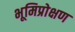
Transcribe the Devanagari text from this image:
भूमिप्रोक्षण